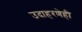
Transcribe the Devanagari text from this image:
उदाहरणेही